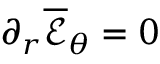
\partial _ { r } \mathcal { \overline { { E } } } _ { \theta } = 0